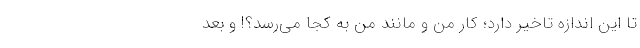
تا این اندازه تاخیر دارد؛ کار من و مانند من به کجا می‌رسد؟! و بعد